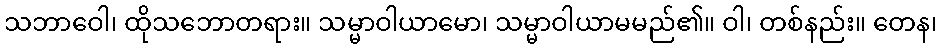
သဘာဝေါ၊ ထိုသဘောတရား။ သမ္မာဝါယာမော၊ သမ္မာဝါယာမမည်၏။ ဝါ၊ တစ်နည်း။ တေန၊